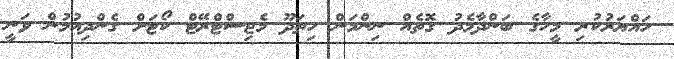
ހައްޔަރުކުރި މީހާގެ ބަންދާމެދު ގޮތެއް ނިންމަން ހިތަދޫ މެޖިސްޓްރޭޓް ކޯޓަށް ގެންދިއުމުން ވަނީ